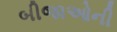
બીજાઓની